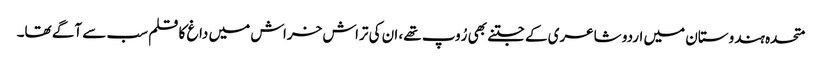
متحدہ ہندوستان میں اردو شاعری کے جتنے بھی رُوپ تھے، ان کی تراش خراش میں داغ کا قلم سب سے آگے تھا۔